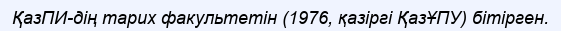
ҚазПИ-дің тарих факультетін (1976, қазіргі ҚазҰПУ) бітірген.